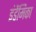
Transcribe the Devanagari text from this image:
इंडेंमिका